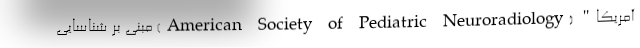
آمریکا" (American Society of Pediatric Neuroradiology) مبنی بر شناسایی